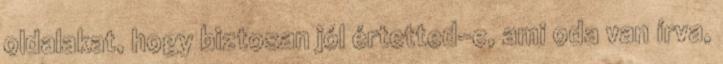
oldalakat, hogy biztosan jól értetted-e, ami oda van írva,